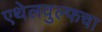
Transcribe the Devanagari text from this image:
एथेलवुल्फचा